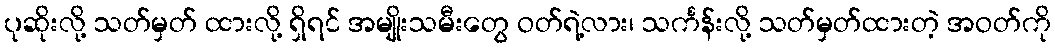
ပုဆိုးလို့ သတ်မှတ် ထားလို့ ရှိရင် အမျိုးသမီးတွေ ဝတ်ရဲ့လား၊ သင်္ကန်းလို့ သတ်မှတ်ထားတဲ့ အဝတ်ကို